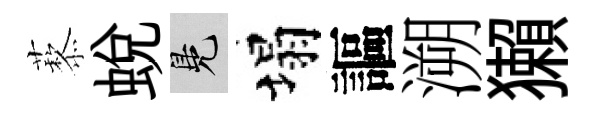
藜蛻鳬塌謳溯獺